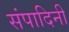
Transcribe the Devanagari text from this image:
संपादिनी